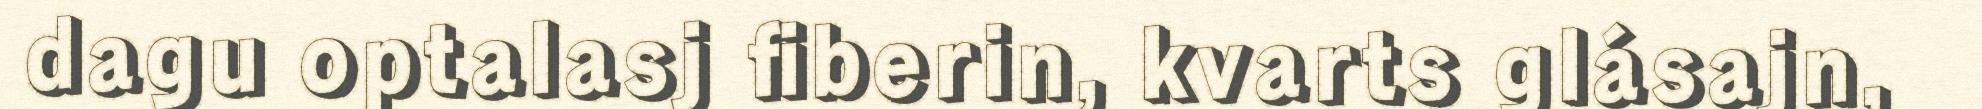
dagu optalasj fiberin, kvarts glásajn,